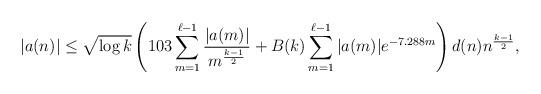
LaTeX: \begin{align*}|a(n)| &\leq \sqrt{\log k} \left(103\sum_{m=1}^{\ell-1} \frac{|a(m)|}{m^{\frac{k-1}{2}}} + B(k) \sum_{m=1}^{\ell -1} |a(m)| e^{-7.288m} \right) d(n) n^{\frac{k-1}{2}},\end{align*}